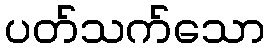
ပတ်သက်သော